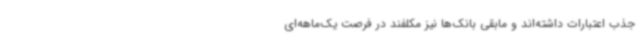
جذب اعتبارات داشته‌اند و مابقی بانک‌ها نیز مکلفند در فرصت یک‌ماهه‌ای